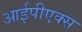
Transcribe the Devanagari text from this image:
आईपीएक्स